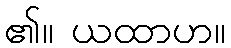
၏။ ယထာဟ။